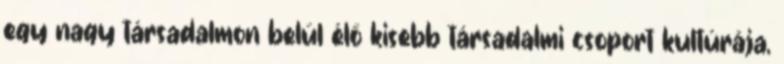
egy nagy társadalmon belül élő kisebb társadalmi csoport kultúrája,